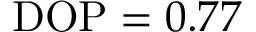
\mathrm { D O P } = 0 . 7 7